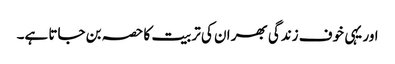
اور یہی خوف زندگی بھر ان کی تربیت کا حصہ بن جاتا ہے۔